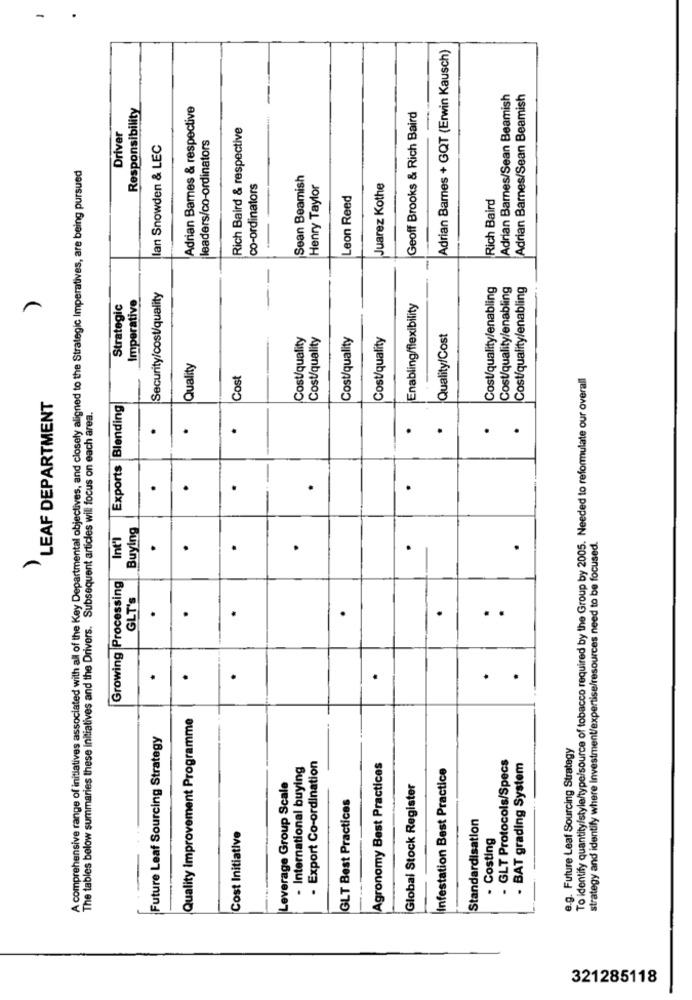
Adrian Barnes + GQT (Erwin Kausch)
Adrian Barnes/Sean Beamish
Adrian Barnes/Sean Beamish
Responsibility
Adrian Barnes & respective
Geoff Brooks & Rich Baird
Rich Baird & respective
Driver
leaders/co-ordinators
lan Snowden & LEC
A comprehensive range of initiatives associated with all of the Key Departmental objectives, and closely aligned to the Strategic Imperatives, are being pursued
Sean Beamish
co-ordinators
Henry Taylor
Juarez Kothe
Leon Reed
Rich Baird
Cost/quality/enabling
Cost/quality/enabling
Cost/quality/enabling
Security/cost/quality
Strategic
Imperative
Enabling/flexibility
Cost/quality
Cost/quality
Cost/quality
Cost/quality
Quality/Cost
Quality
Cost
To identify quantity/style/type/source of tobacco required by the Group by 2005. Needed to reformulate our overall
LEAF DEPARTMENT
Exports Blending
The tables below summaries these initiatives and the Drivers. Subsequent articles will focus on each area.
.
.
.
.
. .
.
.
.
.
Buying
Int'l
strategy and identify where Investment/expertise/resources need to be focused.
.
.
.
.
.
.
Growing Processing
GLT's
.
.
.
.
.
..
.
.
.
.
Quality Improvement Programme
Future Leaf Sourcing Strategy
e.g. Future Leaf Sourcing Strategy
- GLT Protocols/Specs
- International buying
- Export Co-ordination
Agronomy Best Practices
Infestation Best Practice
- BAT grading System
Leverage Group Scale
Global Stock Register
GLT Best Practices
Standardisation
Cost Initiative
. Costing
321285118